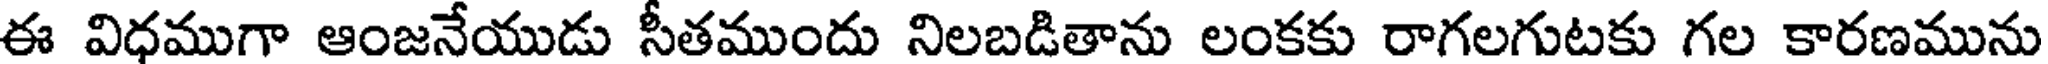
ఈ విధముగా ఆంజనేయుడు సీతముందు నిలబడితాను లంకకు రాగలగుటకు గల కారణమును